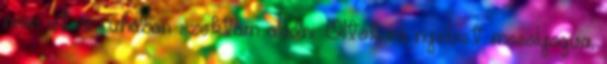
nem utcai ruhában szoktam aludni. Öltök rá nyelvet mosolyogva,